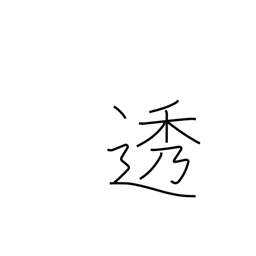
Meaning: filter